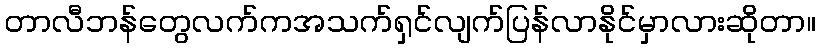
တာလီဘန်တွေလက်ကအသက်ရှင်လျက်ပြန်လာနိုင်မှာလားဆိုတာ။